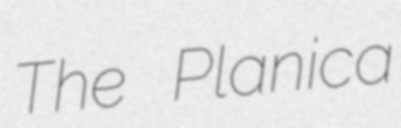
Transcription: The Planica